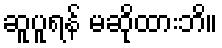
ဆူပူရန် မဆိုထားဘိ။